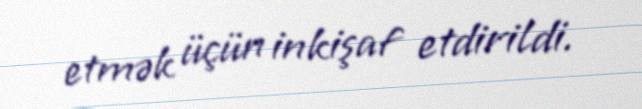
etmək üçün inkişaf etdirildi.